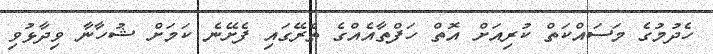
ހެދުމުގެ މަސައްކަތް ކުރިއަށް އޮތް ހަފްތާއެއްގެ ތެރޭގައި ފެށޭނެ ކަމަށް ޝުހާނާ ވިދާޅުވި